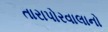
તારાપોરવાલાનો